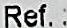
REF.: